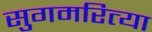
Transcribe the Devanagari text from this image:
सुगमरित्या